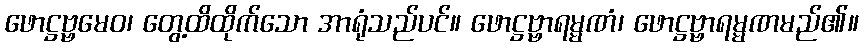
ဖောဋ္ဌဗ္ဗမေဝ၊ တွေ့ထိထိုက်သော အာရုံသည်ပင်။ ဖောဋ္ဌဗ္ဗာရမ္မဏံ၊ ဖောဋ္ဌဗ္ဗာရမ္မဏမည်၏။